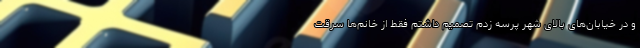
و در خیابان‌های بالای شهر پرسه زدم تصمیم داشتم فقط از خانم‌ها سرقت